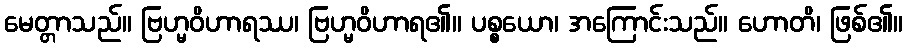
မေတ္တာသည်။ ဗြဟ္မဝိဟာရဿ၊ ဗြဟ္မဝိဟာရ၏။ ပစ္စယော၊ အကြောင်းသည်။ ဟောတိ၊ ဖြစ်၏။